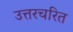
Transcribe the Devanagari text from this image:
उत्तरचरित